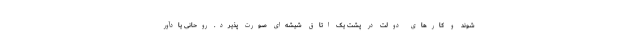
شوند و کارهای دولت در پشت یک اتاق شیشه‌ای صورت پذیرد. روحانی یادآور